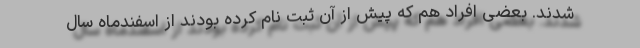
شدند. بعضی افراد هم که پیش از آن ثبت نام کرده بودند از اسفندماه سال